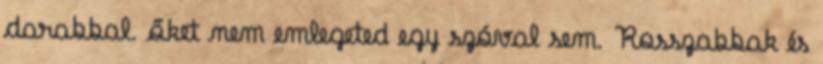
darabbal. őket nem emlegeted egy szóval sem. Rosszabbak és